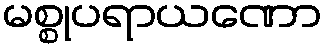
မစ္စုပရာယဏော